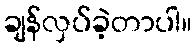
ချန်လှပ်ခဲ့တာပါ။